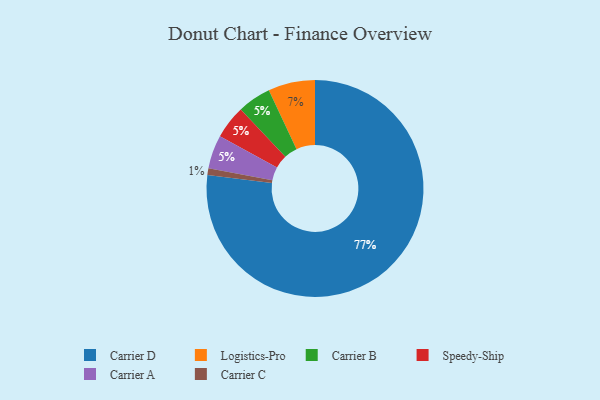
{"axis": {"x": "Category", "y": "Percentage"}, "legend": ["Carrier A", "Carrier B", "Carrier C", "Carrier D", "Logistics-Pro", "Speedy-Ship"], "data": [{"x": "Carrier B", "y": 5, "type": "Carrier B"}, {"x": "Speedy-Ship", "y": 5, "type": "Speedy-Ship"}, {"x": "Carrier D", "y": 77, "type": "Carrier D"}, {"x": "Logistics-Pro", "y": 7, "type": "Logistics-Pro"}, {"x": "Carrier A", "y": 5, "type": "Carrier A"}, {"x": "Carrier C", "y": 1, "type": "Carrier C"}]}